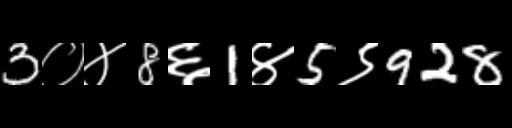
Text: 3०४8६1४5९928